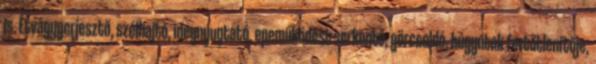
is. Étvágygerjesztő, szélhajtó, idegnyugtató, epeműködést serkentő, görcsoldó, húgyutak fertőtlenítője,